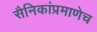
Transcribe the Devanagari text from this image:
सैनिकांप्रमाणेच